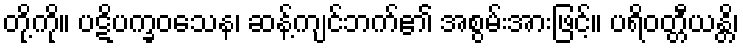
တို့ကို။ ပဋိပက္ခဝသေန၊ ဆန့်ကျင်ဘက်၏ အစွမ်းအားဖြင့်။ ပရိဝတ္တီယန္တိ၊